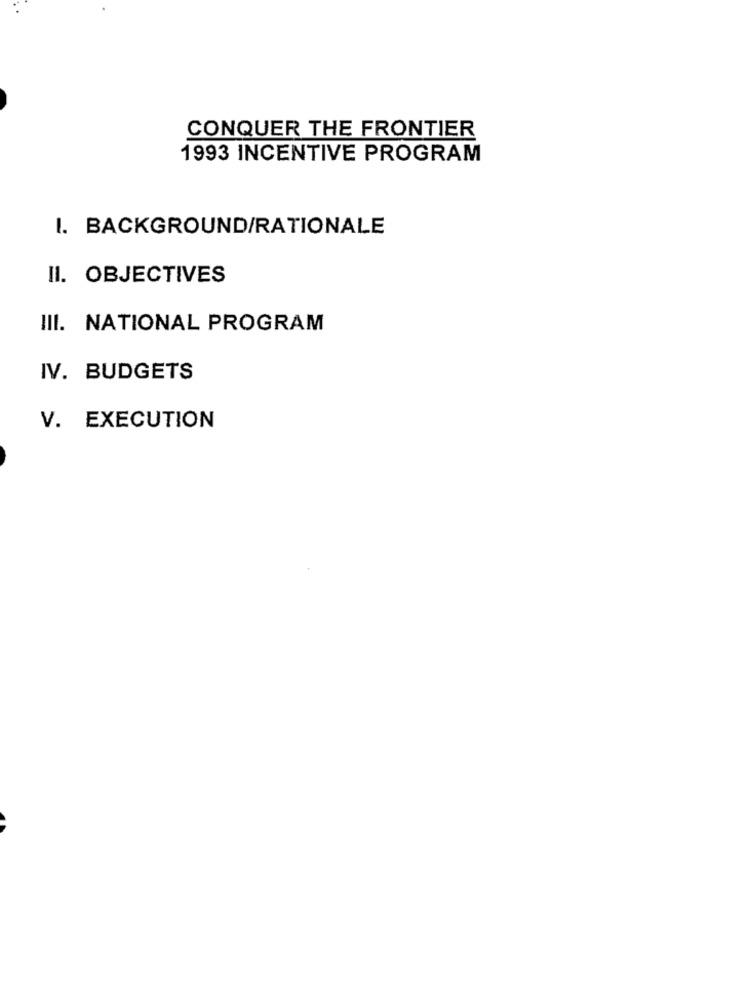
CONQUER THE FRONTIER
1993 INCENTIVE PROGRAM
I. BACKGROUND/RATIONALE
II. OBJECTIVES
III. NATIONAL PROGRAM
IV. BUDGETS
V. EXECUTION